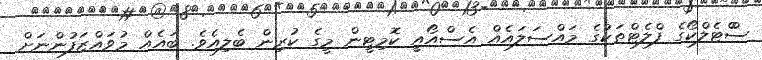
ސްްޓެލްކޯގެ ފްލެޓްތަކުގެ މައްސަލައެއް އެސްއޯއީ ކޮމިޓީން މީގެ ކުރިން ބެލިއެވެ. ބައެއް މުވައްޒަފުންނަށް